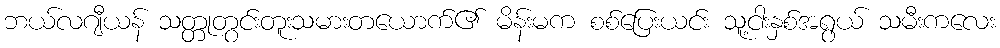
ဘယ်လဂျီယန် သတ္တုတွင်းတူးသမားတယောက်၏ မိန်းမက စစ်ပြေးယင်း သူ့ငါးနှစ်အရွယ် သမီးကလေး